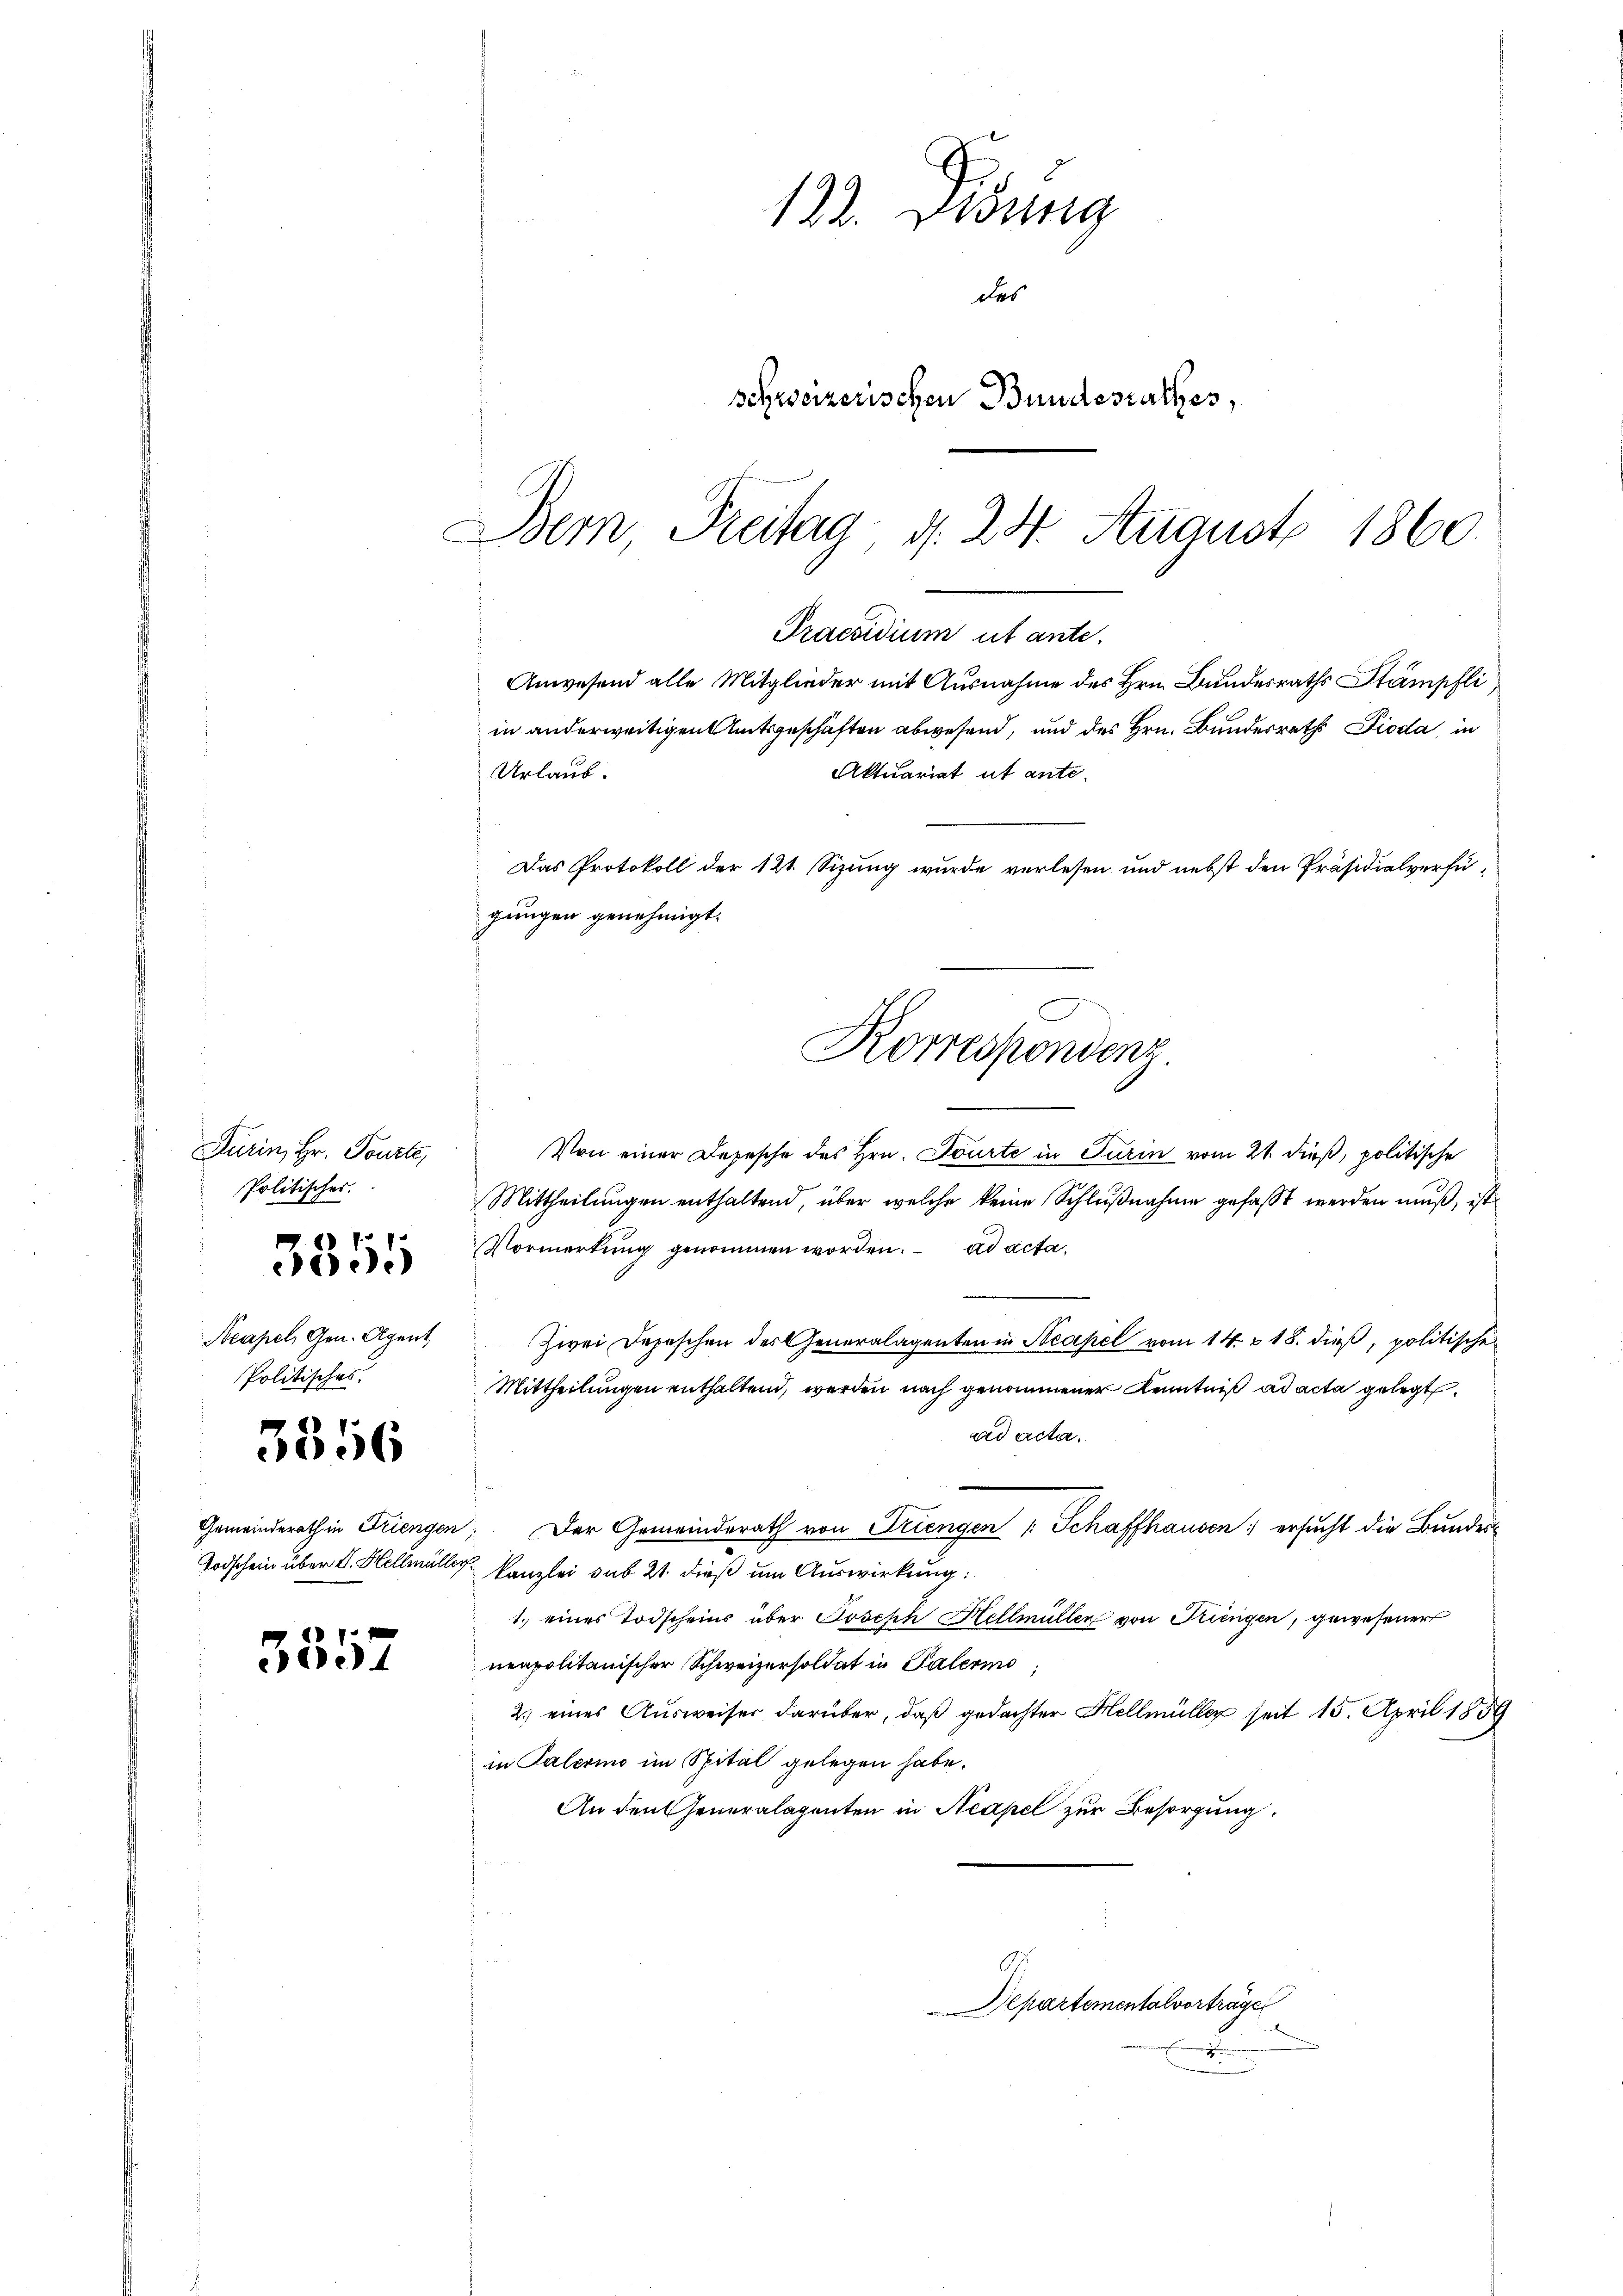
Turin, Hr. Tourte,
Politisches.

3855

Neapel, Gen. Alpent
Politisches.

3356

3557

122. König
des
schweizerischen Bundesrathes,
Bern, Freitag d. 24. August 1860

Urlaub.
Das Protokoll der 121. Sizung wurde verlesen und nebst den Präsidialverfügungen genehmigt.
Korrespondenz.

Praesidium ut ante.
Anwesend alle Mitglieder mit Ausnahme des Hrn. Bundesraths Stämpfli,
in anderweitigen Amtsgeschäften abwesend, und des Hrn. Bundesrath Dioda, in
Aktuariat ut ante.

Von einer Depesche des Hrn. Tourte in Turin vom 21. dieß, politische
Mittheilungen enthaltend, über welche keine Schlußnahme gefaßt werden muß, ist
Vormerkŭng genommen worden. ad acta
Zwei Depeschen des Generalagenten in Neapel vom 14. v. 18. dieß, politische
Mittheilungen enthaltend, werden nach genommener Kenntniß ad acta gelegt.
ad acta.
Gemeinderath in Friengen. Der Gemeinderath von Triengen Schaffhausen ersucht die Bundes¬
Todschein über V. Hellmüller Kanzlei sub 21. dieß um Auswirkung:
1.) eines Todscheins über Joseph Hellmüllen von Kriengen, gewesener
neapolitanischer Schweizersoldat in Palermo
2.) eines Ausweiser darüber, daß gedachter Hellmüller seit 15. April 1859
in Palerino im Spital gelegen habe.
An den Generalagenten in Neapel zur Besorgung

Departementalvorträge